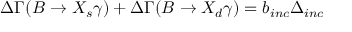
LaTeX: \Delta \Gamma ( B \to X _ { s } \gamma ) + \Delta \Gamma ( B \to X _ { d } \gamma ) = b _ { i n c } \Delta _ { i n c }